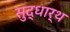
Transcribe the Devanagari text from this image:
सुद्धार्थ